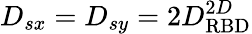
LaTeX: D_{sx}=D_{sy}=2D_{\mathrm{RBD}}^{2D}